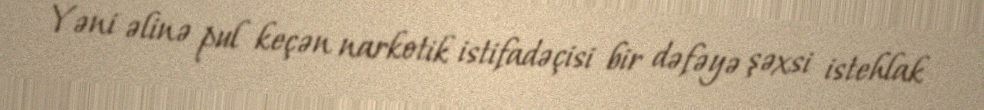
Yəni əlinə pul keçən narkotik istifadəçisi bir dəfəyə şəxsi istehlak